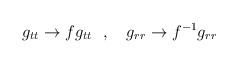
LaTeX: \begin{align*}g_{tt}\rightarrow fg_{tt}~~,~~~g_{rr}\rightarrow f^{-1}g_{rr}\end{align*}